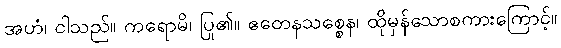
အဟံ၊ ငါသည်။ ကရောမိ၊ ပြု၏။ ဧတေနသစ္စေန၊ ထိုမှန်သောစကားကြောင့်။